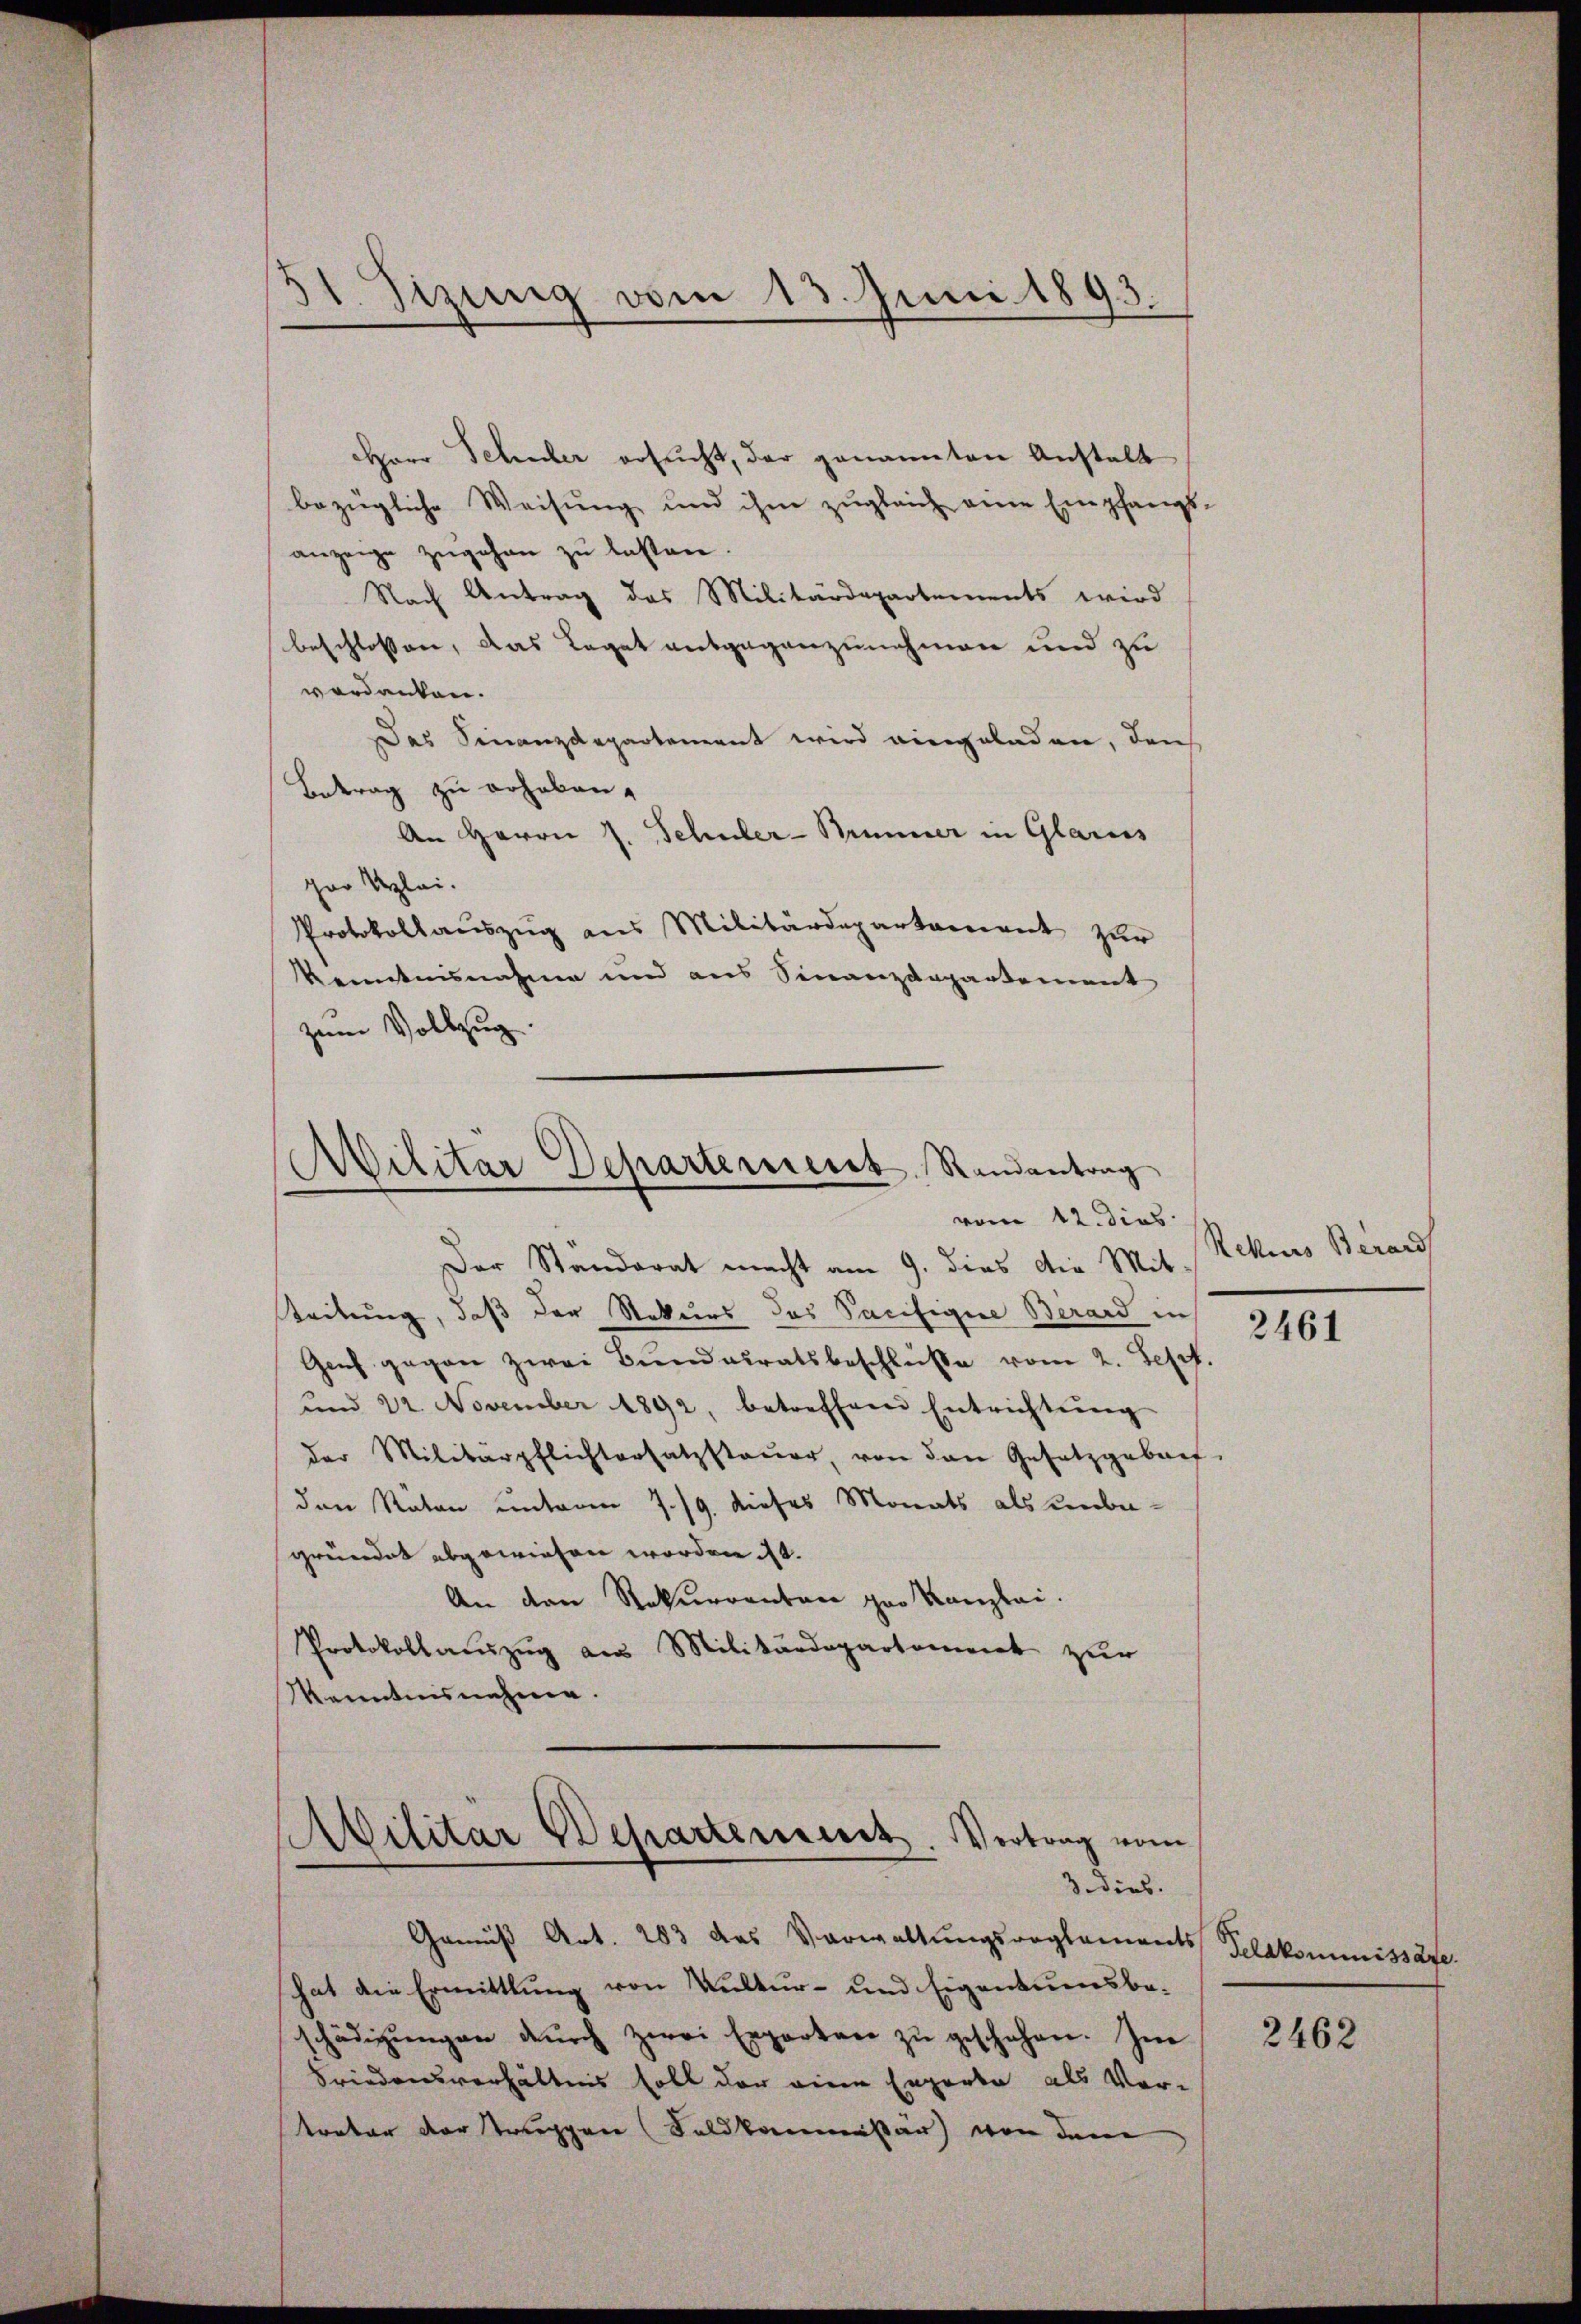
31. Sizung vom 13. Juni 1893.

Herr Schuber ersucht, der genannten Anstalt
bezügliche Weisung und ihm zugleich eine Empfangsanzeige zugehen zu lassen.
Nach Antrag des Militärdepartements wird
beschlossen, das Legat entgegenzunehmen und zu
verdanken.
Das Finanzdepartement wird eingeladen, den
Betrag zu erhaben.
An Herrn J. Schuler-Brunner in Glarus
par Klei¬
Protokollauszug aus Militärdepartament zur
Kenntnisnahme und aus Sinanzdepartement
zum Vollzug.

Militar Departement Randantrag
vom 12. dies

Abilitar Departement. Vertrag vom
3. dies.

Der Ständerat macht am 9. dies die Mit-
Zeitung, daß der Rekurs das Pacifigere Berard in
Genf gegen zwei Bundeiratsbeschluße vom 2. Sept.
und 22. November 1892, betreffend Entrichtung
der Militärpflichtersatzsteuer von den Gesetzgebau
den Räten unterm 7./9. dieses Monats als unbegründet abgewiesen worden ist.
An den Rekurrenten par Kanzlei.
Protokollauszug aus Militärdepartement zur
Kenntnisnehme.

Gemäß Art. 283 das Verwaltungsreglements Selakommissäre.
hat die Ermittlung von Kultur- und Eigentumsbe-
schädigŭngen dŭrch zwei Erparten zŭ geschehen. In
Friedensverhältnis soll der eine Engerte als Vor-
treter der truppen (Feldkommissär von dem

Rekurs Berard

2461

2462